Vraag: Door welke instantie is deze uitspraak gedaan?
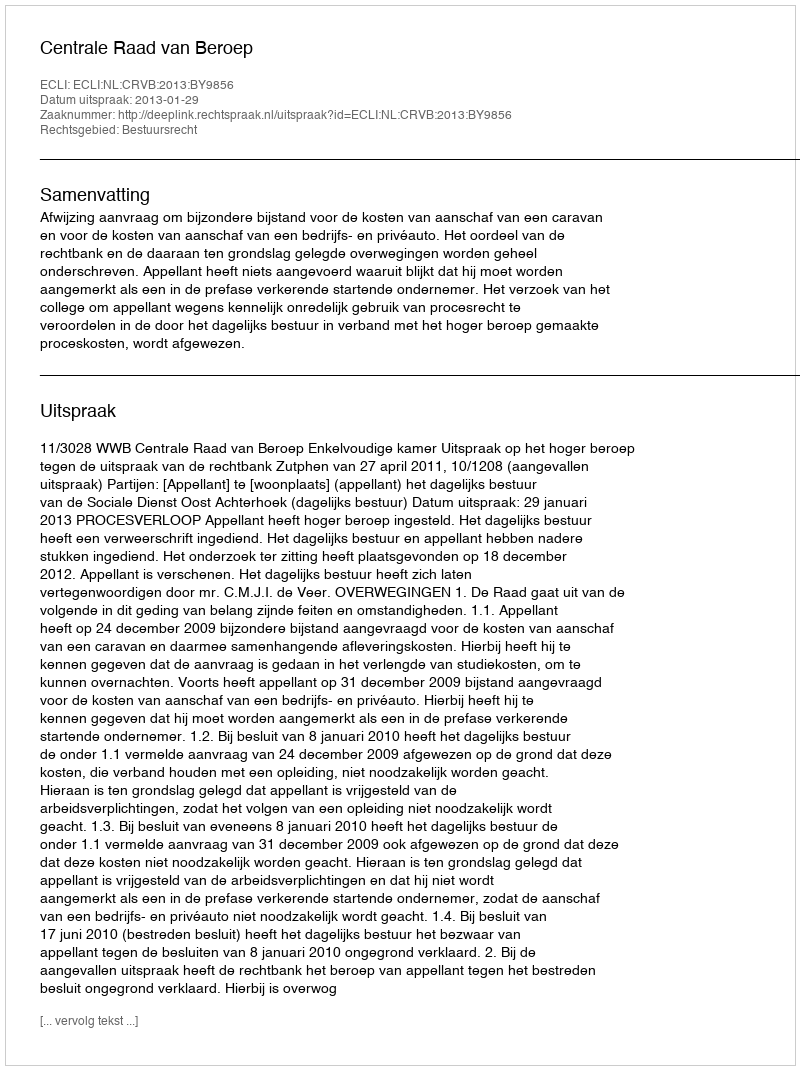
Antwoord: Centrale Raad van Beroep